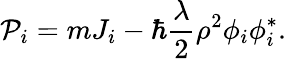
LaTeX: {\cal P}_{i}=mJ_{i}-\hbar{\frac{\lambda}{2}}\rho^{2}\phi_{i}\phi_{i}^{*}.